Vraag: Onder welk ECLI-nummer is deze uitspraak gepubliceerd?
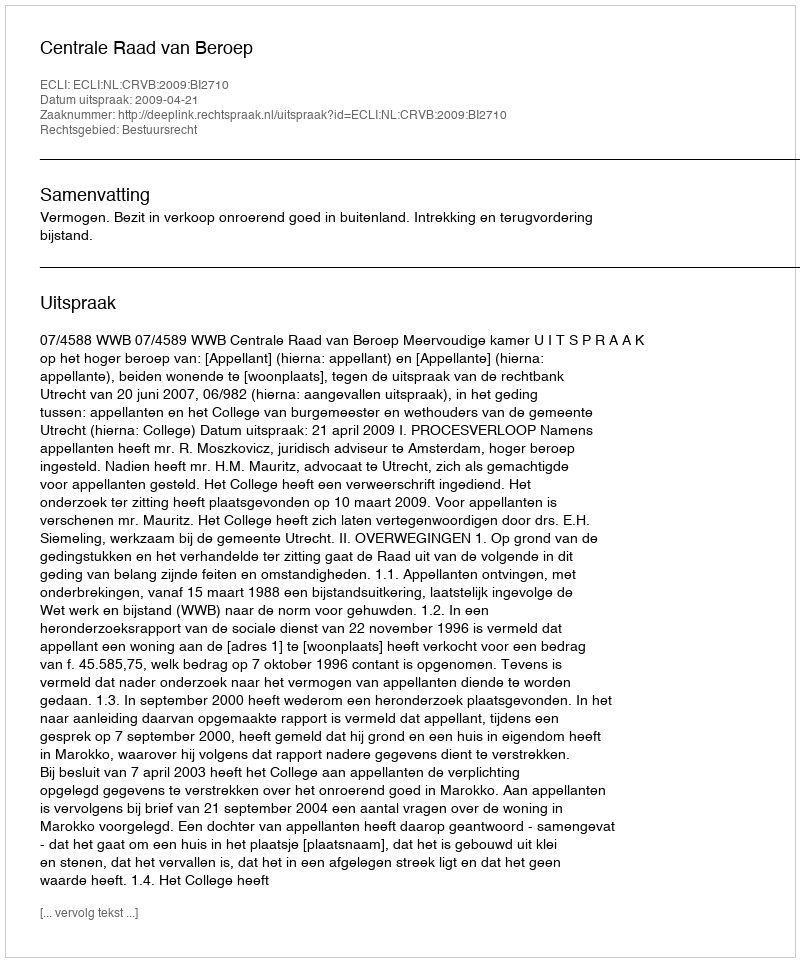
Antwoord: ECLI:NL:CRVB:2009:BI2710